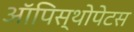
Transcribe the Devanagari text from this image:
ऑपिस्थोपेटस